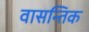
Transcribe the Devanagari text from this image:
वासन्तिक